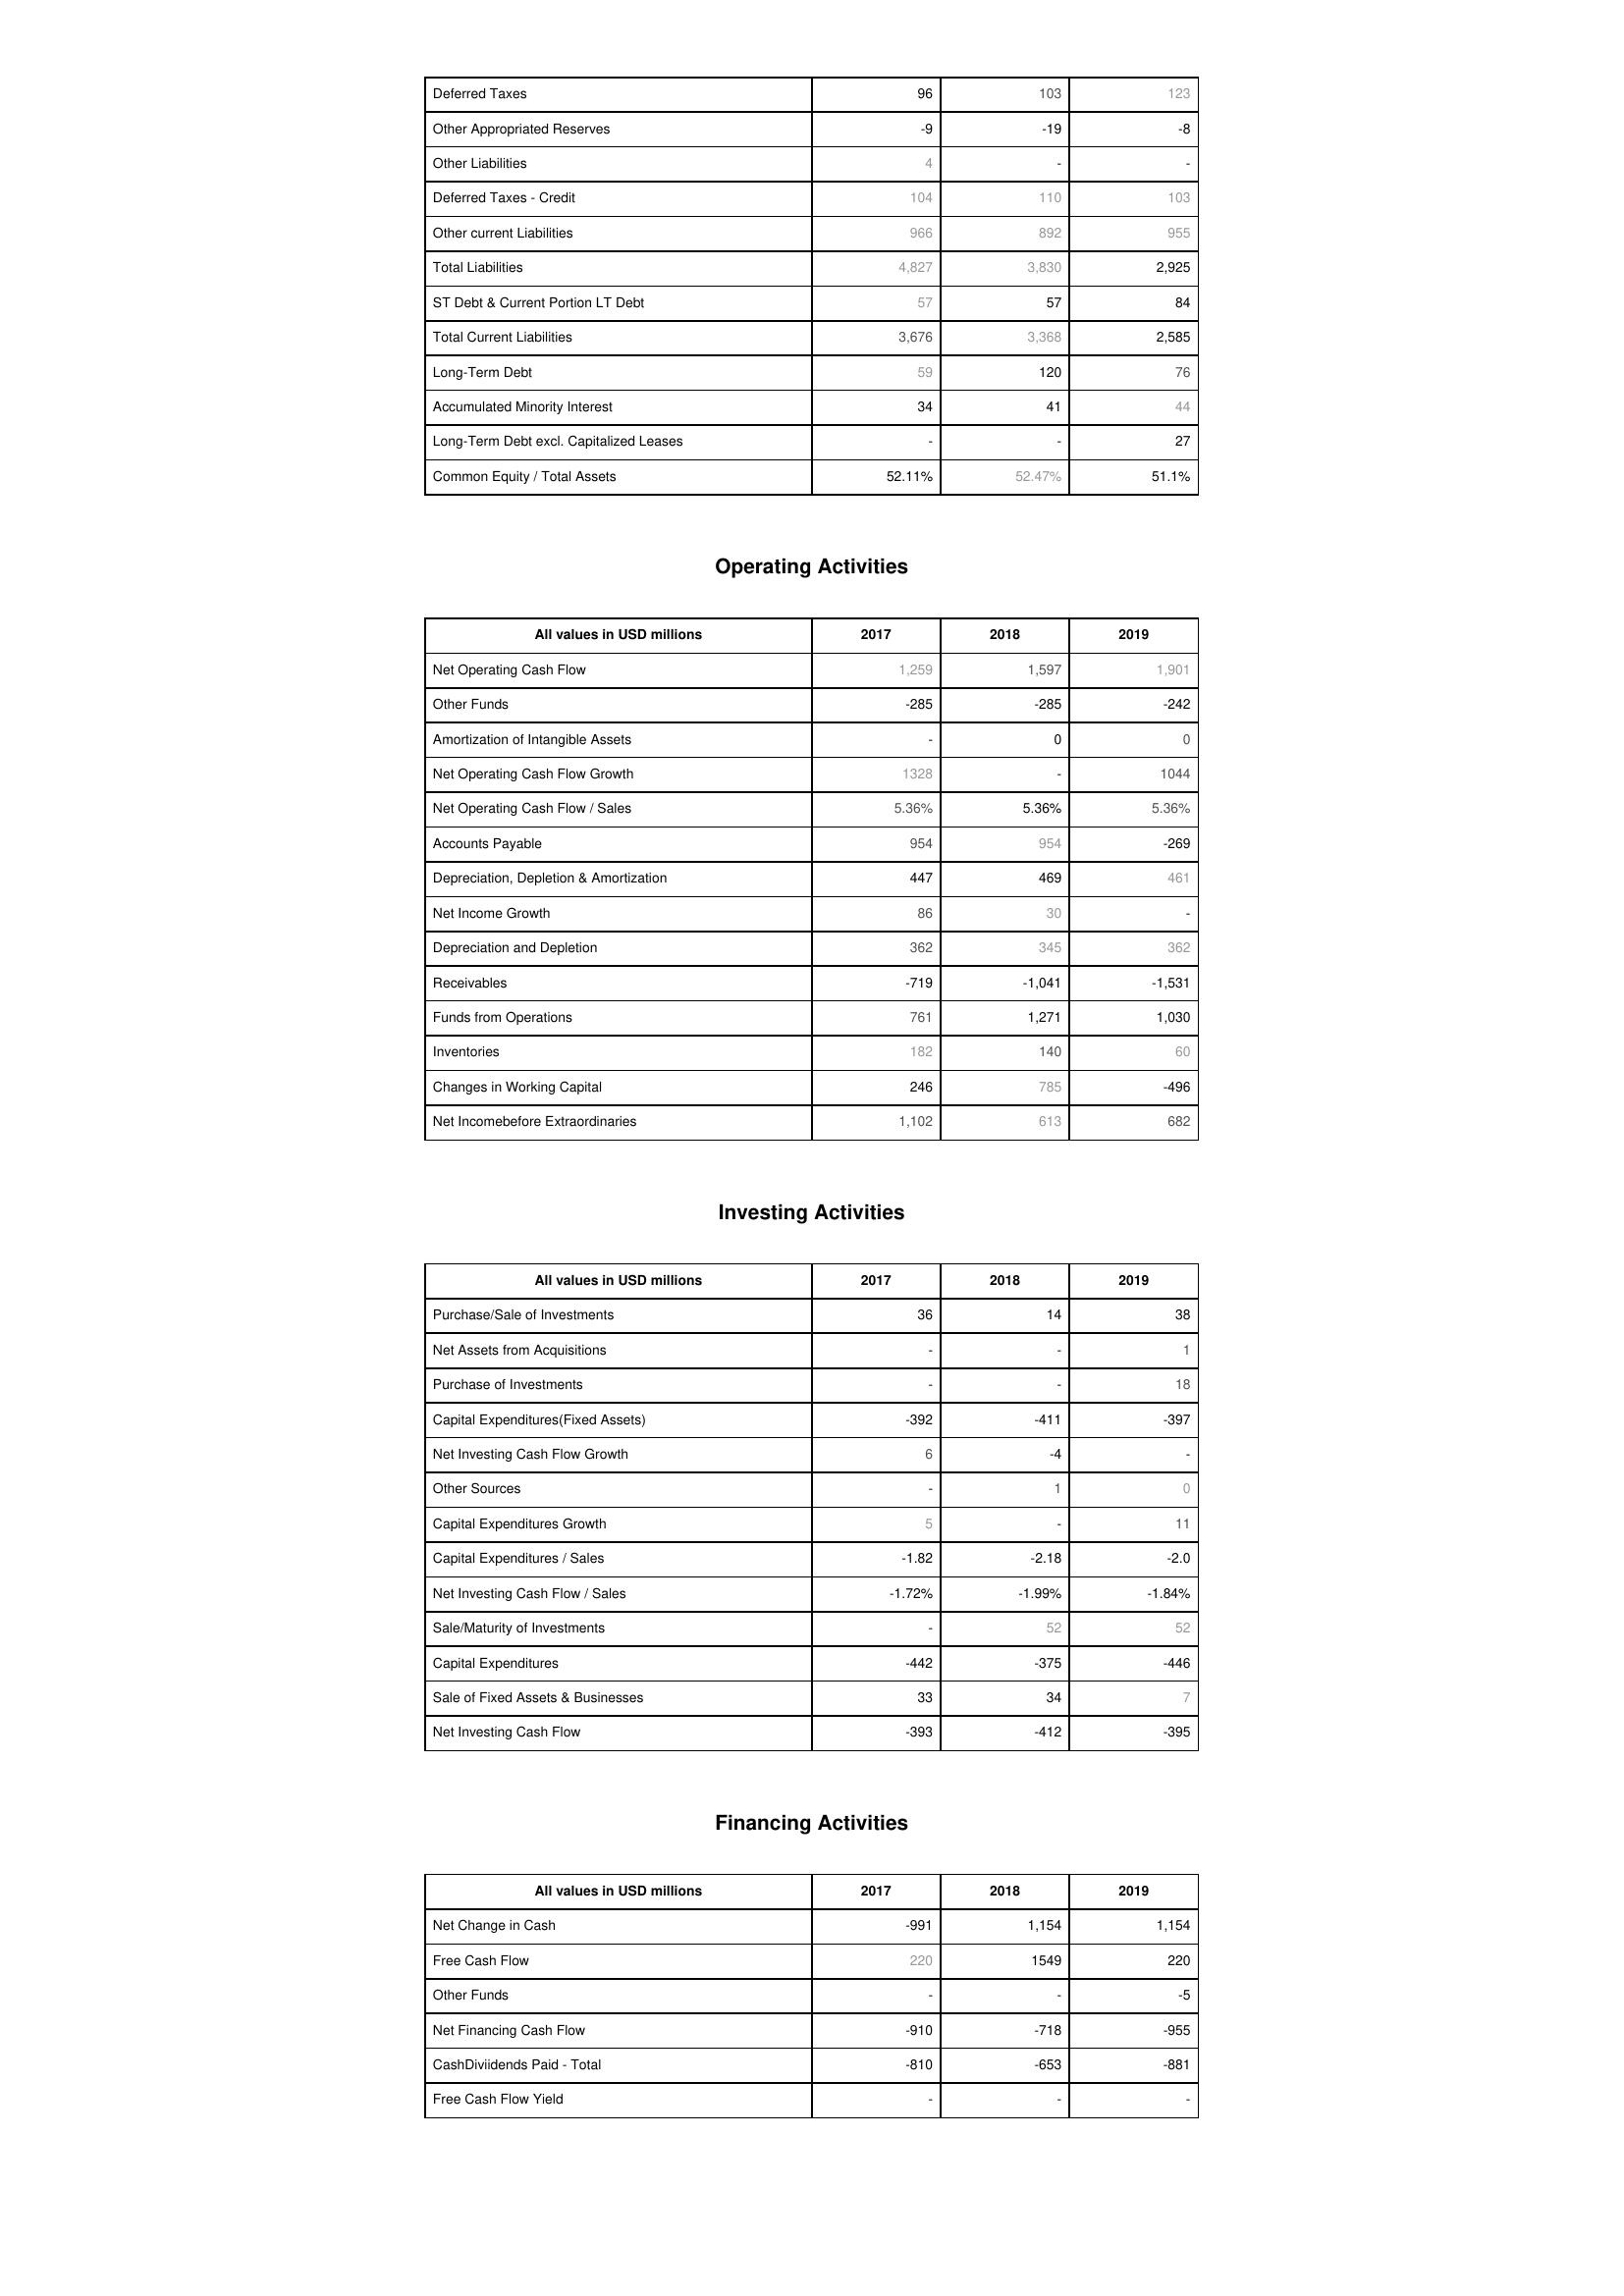
2017: Liabilities & Shareholder's Equity: Deferred Taxes: 96
Other Appropriated Reserves: -9
Other Liabilities: 4
Deferred Taxes - Credit: 104
Other current Liabilities: 966
Total Liabilities: 4,827
ST Debt & Current Portion LT Debt: 57
Total Current Liabilities: 3,676
Long-Term Debt: 59
Accumulated Minority Interest: 34
Long-Term Debt excl. Capitalized Leases: -
Common Equity / Total Assets: 52.11%
Operating Activities: Net Operating Cash Flow: 1,259
Other Funds: -285
Amortization of Intangible Assets: -
Net Operating Cash Flow Growth: 1328
Net Operating Cash Flow / Sales: 5.36%
Accounts Payable: 954
Depreciation, Depletion & Amortization: 447
Net Income Growth: 86
Depreciation and Depletion: 362
Receivables: -719
Funds from Operations: 761
Inventories: 182
Changes in Working Capital: 246
Net Incomebefore Extraordinaries: 1,102
Investing Activities: Purchase/Sale of Investments: 36
Net Assets from Acquisitions: -
Purchase of Investments: -
Capital Expenditures(Fixed Assets): -392
Net Investing Cash Flow Growth: 6
Other Sources: -
Capital Expenditures Growth: 5
Capital Expenditures / Sales: -1.82
Net Investing Cash Flow / Sales: -1.72%
Sale/Maturity of Investments: -
Capital Expenditures: -442
Sale of Fixed Assets & Businesses: 33
Net Investing Cash Flow: -393
Financing Activities: Net Change in Cash: -991
Free Cash Flow: 220
Other Funds: -
Net Financing Cash Flow: -910
CashDiviidends Paid - Total: -810
Free Cash Flow Yield: -
2018: Liabilities & Shareholder's Equity: Deferred Taxes: 103
Other Appropriated Reserves: -19
Other Liabilities: -
Deferred Taxes - Credit: 110
Other current Liabilities: 892
Total Liabilities: 3,830
ST Debt & Current Portion LT Debt: 57
Total Current Liabilities: 3,368
Long-Term Debt: 120
Accumulated Minority Interest: 41
Long-Term Debt excl. Capitalized Leases: -
Common Equity / Total Assets: 52.47%
Operating Activities: Net Operating Cash Flow: 1,597
Other Funds: -285
Amortization of Intangible Assets: 0
Net Operating Cash Flow Growth: -
Net Operating Cash Flow / Sales: 5.36%
Accounts Payable: 954
Depreciation, Depletion & Amortization: 469
Net Income Growth: 30
Depreciation and Depletion: 345
Receivables: -1,041
Funds from Operations: 1,271
Inventories: 140
Changes in Working Capital: 785
Net Incomebefore Extraordinaries: 613
Investing Activities: Purchase/Sale of Investments: 14
Net Assets from Acquisitions: -
Purchase of Investments: -
Capital Expenditures(Fixed Assets): -411
Net Investing Cash Flow Growth: -4
Other Sources: 1
Capital Expenditures Growth: -
Capital Expenditures / Sales: -2.18
Net Investing Cash Flow / Sales: -1.99%
Sale/Maturity of Investments: 52
Capital Expenditures: -375
Sale of Fixed Assets & Businesses: 34
Net Investing Cash Flow: -412
Financing Activities: Net Change in Cash: 1,154
Free Cash Flow: 1549
Other Funds: -
Net Financing Cash Flow: -718
CashDiviidends Paid - Total: -653
Free Cash Flow Yield: -
2019: Liabilities & Shareholder's Equity: Deferred Taxes: 123
Other Appropriated Reserves: -8
Other Liabilities: -
Deferred Taxes - Credit: 103
Other current Liabilities: 955
Total Liabilities: 2,925
ST Debt & Current Portion LT Debt: 84
Total Current Liabilities: 2,585
Long-Term Debt: 76
Accumulated Minority Interest: 44
Long-Term Debt excl. Capitalized Leases: 27
Common Equity / Total Assets: 51.1%
Operating Activities: Net Operating Cash Flow: 1,901
Other Funds: -242
Amortization of Intangible Assets: 0
Net Operating Cash Flow Growth: 1044
Net Operating Cash Flow / Sales: 5.36%
Accounts Payable: -269
Depreciation, Depletion & Amortization: 461
Net Income Growth: -
Depreciation and Depletion: 362
Receivables: -1,531
Funds from Operations: 1,030
Inventories: 60
Changes in Working Capital: -496
Net Incomebefore Extraordinaries: 682
Investing Activities: Purchase/Sale of Investments: 38
Net Assets from Acquisitions: 1
Purchase of Investments: 18
Capital Expenditures(Fixed Assets): -397
Net Investing Cash Flow Growth: -
Other Sources: 0
Capital Expenditures Growth: 11
Capital Expenditures / Sales: -2.0
Net Investing Cash Flow / Sales: -1.84%
Sale/Maturity of Investments: 52
Capital Expenditures: -446
Sale of Fixed Assets & Businesses: 7
Net Investing Cash Flow: -395
Financing Activities: Net Change in Cash: 1,154
Free Cash Flow: 220
Other Funds: -5
Net Financing Cash Flow: -955
CashDiviidends Paid - Total: -881
Free Cash Flow Yield: -